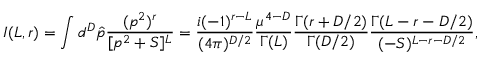
I ( L , r ) = \int d ^ { D } \hat { p } \frac { ( p ^ { 2 } ) ^ { r } } { [ p ^ { 2 } + S ] ^ { L } } = \frac { i ( - 1 ) ^ { r - L } } { ( 4 \pi ) ^ { D / 2 } } \frac { \mu ^ { 4 - D } } { \Gamma ( L ) } \frac { \Gamma ( r + D / 2 ) } { \Gamma ( D / 2 ) } \frac { \Gamma ( L - r - D / 2 ) } { ( - S ) ^ { L - r - D / 2 } } ,